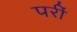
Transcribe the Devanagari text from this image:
परीं